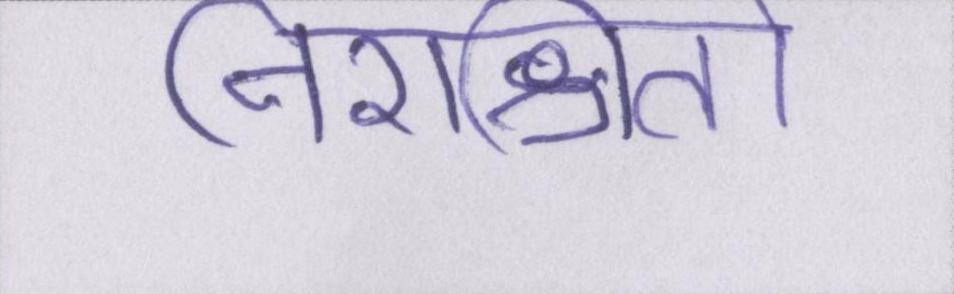
निराश्रितों